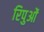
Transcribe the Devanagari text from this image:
रिपुओं